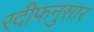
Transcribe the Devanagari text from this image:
रदीफनुसार